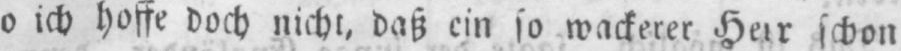
o ich hoffe doch nicht, daß ein so wackerer Herr schon